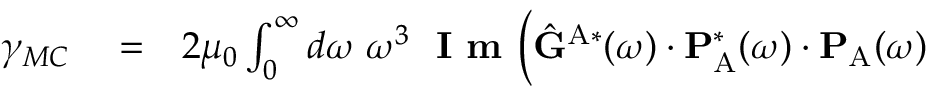
\begin{array} { r l r } { \gamma _ { M C } } & { { } = } & { 2 \mu _ { 0 } \int _ { 0 } ^ { \infty } d \omega \; \omega ^ { 3 } \; \textbf { I m } \Big ( \hat { \mathbf { G } } ^ { \mathrm { A } * } ( \omega ) \cdot \mathbf { P } _ { \mathrm { A } } ^ { * } ( \omega ) \cdot \mathbf { P } _ { \mathrm { A } } ( \omega ) } \end{array}